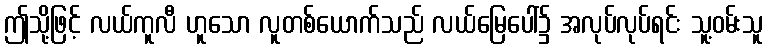
ဤသို့ဖြင့် လယ်ကူလီ ဟူသော လူတစ်ယောက်သည် လယ်မြေပေါ်၌ အလုပ်လုပ်ရင်း သူ့ဝမ်းသူ